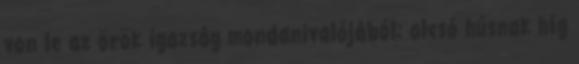
von le az örök igazság mondanivalójából: olcsó húsnak híg